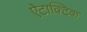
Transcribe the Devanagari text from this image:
ऐटाक्टिक